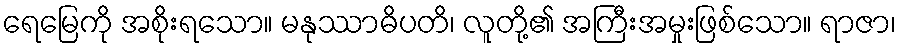
ရေမြေကို အစိုးရသော။ မနုဿာဓိပတိ၊ လူတို့၏ အကြီးအမှုးဖြစ်သော။ ရာဇာ၊